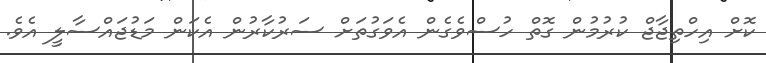
ކޮށް އިހްތިޖާޖް ކުރުމުން ގޮތް ހުސްވެގެން އެވަގުތަށް ސަރުކާރުން އެކަން މަޑުޖައްސާލީ އެވެ.